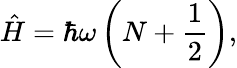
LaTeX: {\hat{H}}=\hbar\omega\left(N+{\frac{1}{2}}\right),